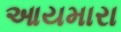
આયમારા